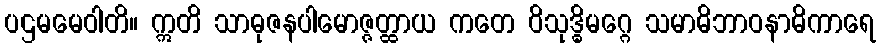
ပဌမမေဝါတိ။ ဣတိ သာဓုဇနပါမောဇ္ဇတ္ထာယ ကတေ ဝိသုဒ္ဓိမဂ္ဂေ သမာဓိဘာဝနာဓိကာရေ